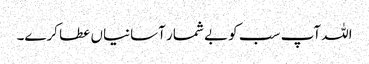
اللہ آپ سب کو بے شمار آسانیاں عطا کرے۔